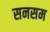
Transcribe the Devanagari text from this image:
सनसम